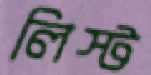
লিস্ট